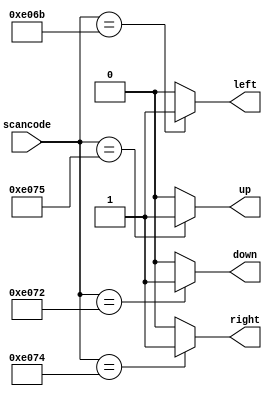
// This program was cloned from: https://github.com/matthlud/HDLBits
// License: Apache License 2.0

// synthesis verilog_input_version verilog_2001
module top_module (
    input [15:0] scancode,
    output reg left,
    output reg down,
    output reg right,
    output reg up  ); 
	always @(*) begin
    	up = 1'b0; down = 1'b0; left = 1'b0; right = 1'b0;
    	case (scancode)
       		16'he06b: left = 1'b1;
			16'he072: down = 1'b1;
			16'he074: right = 1'b1;
			16'he075: up = 1'b1;
    	endcase
	end   

endmodule